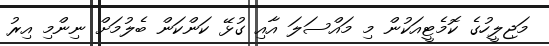
މަޖިލީހުގެ ކޮމެޓީއަކުން މި މައްސަލަ އާއި ގުޅޭ ކަންކަން ބެލުމަށް ނިންމި އިރު